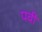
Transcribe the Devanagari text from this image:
पवी